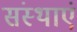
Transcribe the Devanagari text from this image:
संस्थाएं